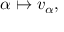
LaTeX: \alpha \mapsto v _ { \alpha } ,